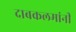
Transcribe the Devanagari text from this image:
दाबकलमांनी